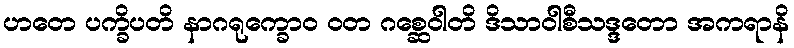
ဟတေ ပက္ခိပတိ နာဂရုက္ခောဝ ဝတ ဂစ္ဆေဝါတိ ဒိသာဝါစီသဒ္ဒတော အကရာနိ